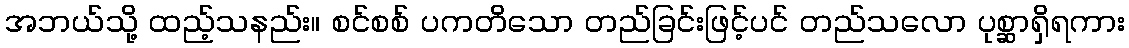
အဘယ်သို့ ထည့်သနည်း။ စင်စစ် ပကတိသော တည်ခြင်းဖြင့်ပင် တည်သလော ပုစ္ဆာရှိရကား